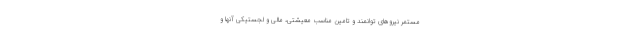
مستمر نیروهای توانمند و تامین مناسب معیشتی، مالی و لجستیکی آنها و